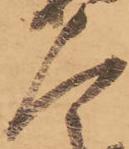
人